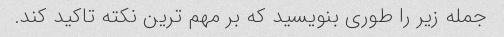
جمله زیر را طوری بنویسید که بر مهم ترین نکته تاکید کند.